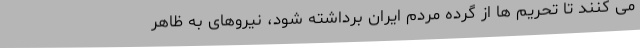
می کنند تا تحریم ها از گرده مردم ایران برداشته شود، نیروهای به ظاهر